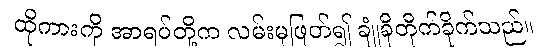
ထိုကားကို အာရပ်တို့က လမ်းမှဖြတ်၍ ချုံခိုတိုက်ခိုက်သည်။